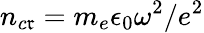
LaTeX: n_{c\mathfrak{r}}=m_{e}\epsilon_{0}\omega^{2}/e^{2}